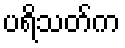
ပရိသတ်က